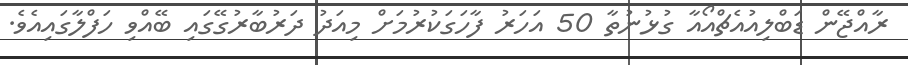
ރާއްޖޭން ޑަބްލިއުއެޗްއޯއާ ގުޅުނުތާ 50 އަހަރު ފާހަގަކުރުމަށް މިއަދު ދަރުބާރުގޭގައި ބޭއްވި ހަފްލާގައިއެވެ.